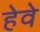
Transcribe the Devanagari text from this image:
हेवे